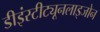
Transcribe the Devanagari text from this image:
डीइंस्टीट्यूनलाइजोन